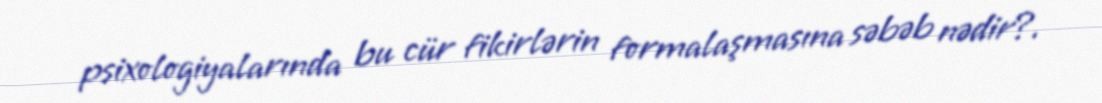
psixologiyalarında bu cür fikirlərin formalaşmasına səbəb nədir?.